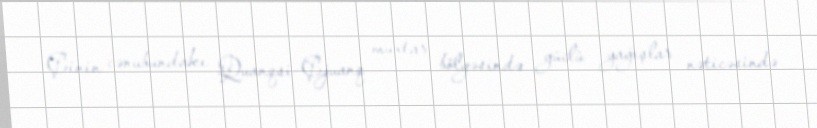
Çinin cənubundakı Quanqsi-Çjuanq muxtar bölgəsində güclü yağışlar nəticəsində